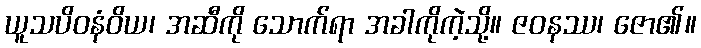
ယူသပိဝနံဝိယ၊ အဆီကို သောက်ရာ အခါကိုကဲ့သို့။ ဇဝနဿ၊ ဇော၏။